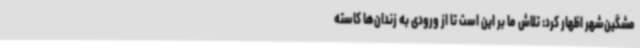
مشگین‌شهر اظهار کرد: تلاش ما بر این است تا از ورودی به زندان‌ها کاسته